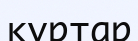
құртар